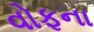
વોફના